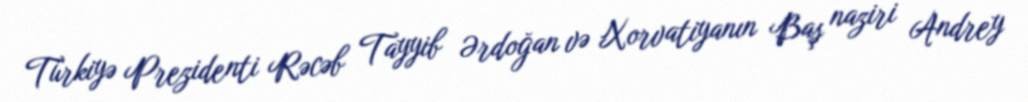
Türkiyə Prezidenti Rəcəb Tayyib Ərdoğan və Xorvatiyanın Baş naziri Andrey